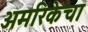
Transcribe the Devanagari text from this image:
अमरिकेचा